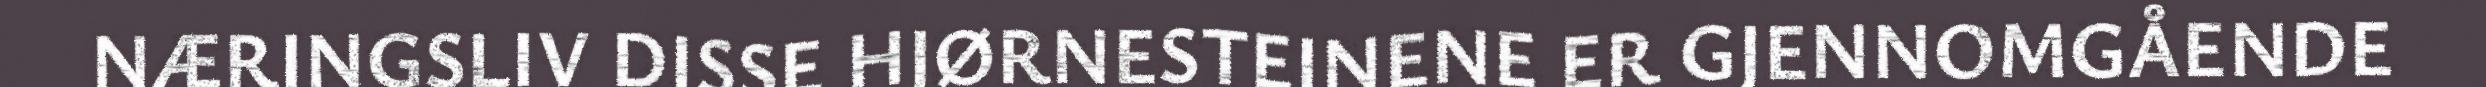
NÆRINGSLIV DISSE HJØRNESTEINENE ER GJENNOMGÅENDE